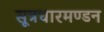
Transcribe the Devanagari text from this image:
सूत्रधारमण्डन